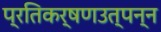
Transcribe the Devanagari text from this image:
प्रतिकर्षणउत्पन्न